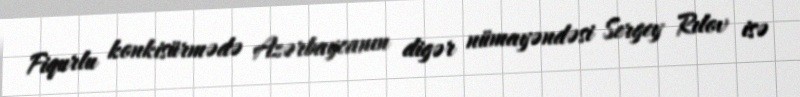
Fiqurlu konkisürmədə Azərbaycanın digər nümayəndəsi Sergey Rılov isə